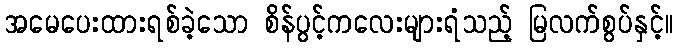
အမေပေးထားရစ်ခဲ့သော စိန်ပွင့်ကလေးများရံသည့် မြလက်စွပ်နှင့်။